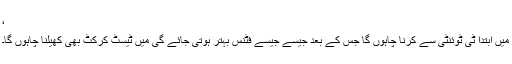
‘
میں ابتدا ٹی ٹوئنٹی سے کرنا چاہوں گا جس کے بعد جیسے جیسے فٹنس بہتر ہوتی جائے گی میں ٹیسٹ کرکٹ بھی کھیلنا چاہوں گا۔